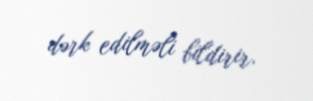
dərk edilməli bildirir.